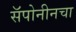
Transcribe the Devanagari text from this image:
सॅपोनीनचा